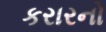
કરારનો